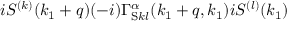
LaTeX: i S ^ { ( k ) } ( k _ { 1 } + q ) ( - i ) \Gamma _ { \mathrm { S } k l } ^ { \alpha } ( k _ { 1 } + q , k _ { 1 } ) i S ^ { ( l ) } ( k _ { 1 } )